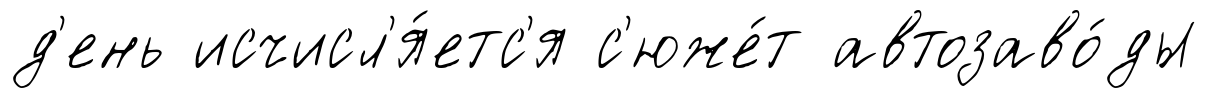
д'ень исчисл'я́етс'я с'юже́т автозаво́ды